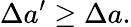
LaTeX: \Delta a^{\prime}\geq\Delta a.